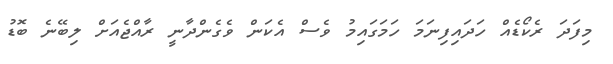
މިފަދަ ރެކޯޑެއް ހަދައިފިނަމަ ހަމަގައިމު ވެސް އެކަން ވެގެންދާނީ ރާއްޖެއަށް ލިބޭނެ ބޮޑު